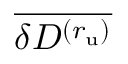
\overline { { \delta D ^ { ( r _ { \mathrm { u } } ) } } }